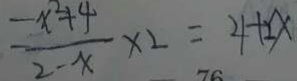
\frac { - x ^ { 2 } + 4 } { 2 - x } \times 2 = 4 + 2 x